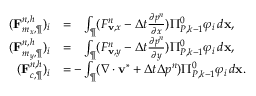
\begin{array} { r l } { ( \mathbf { F } _ { m _ { x } , \P } ^ { n , h } ) _ { i } } & { = \phantom { - } \int _ { \P } ( F _ { \mathbf { v } , x } ^ { n } - \Delta t \frac { \partial p ^ { n } } { \partial x } ) \Pi _ { { P } , k - 1 } ^ { 0 } \varphi _ { i } \, d \mathbf { x } , } \\ { ( \mathbf { F } _ { m _ { y } , \P } ^ { n , h } ) _ { i } } & { = \phantom { - } \int _ { \P } ( F _ { \mathbf { v } , y } ^ { n } - \Delta t \frac { \partial p ^ { n } } { \partial y } ) \Pi _ { { P } , k - 1 } ^ { 0 } \varphi _ { i } \, d \mathbf { x } , } \\ { ( \mathbf { F } _ { c , \P } ^ { n , h } ) _ { i } } & { = - \int _ { \P } ( \nabla \cdot \mathbf { v } ^ { \ast } + \Delta t \Delta p ^ { n } ) \Pi _ { { P } , k - 1 } ^ { 0 } \varphi _ { i } \, d \mathbf { x } . } \end{array}